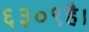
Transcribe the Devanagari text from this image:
६३०९है।